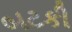
બટકી